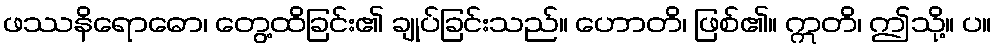
ဖဿနိရောဓော၊ တွေ့ထိခြင်း၏ ချုပ်ခြင်းသည်။ ဟောတိ၊ ဖြစ်၏။ ဣတိ၊ ဤသို့။ ပ။